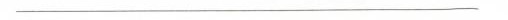
___